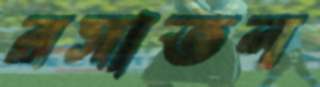
রসাতল